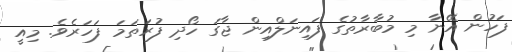
ފަހުން އޭނާ މި މުބާރާތުގެ ފައިނަލްއިން ޖާގަ ހޯދި ފުރަތަމަ ފަހަރެވެ. މިއީ